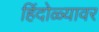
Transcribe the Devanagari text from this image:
हिंदोळ्यावर